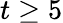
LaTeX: t\ge 5